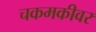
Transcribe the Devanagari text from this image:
चकमकीवर